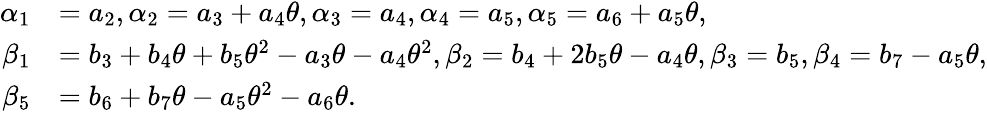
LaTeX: \begin{array}{rl}{\alpha_{1}}&{=a_{2},\alpha_{2}=a_{3}+a_{4}\theta,\alpha_{3}=a_{4},\alpha_{4}=a_{5},\alpha_{5}=a_{6}+a_{5}\theta,}\\ {\beta_{1}}&{=b_{3}+b_{4}\theta+b_{5}\theta^{2}-a_{3}\theta-a_{4}\theta^{2},\beta_{2}=b_{4}+2b_{5}\theta-a_{4}\theta,\beta_{3}=b_{5},\beta_{4}=b_{7}-a_{5}\theta,}\\ {\beta_{5}}&{=b_{6}+b_{7}\theta-a_{5}\theta^{2}-a_{6}\theta.}\end{array}